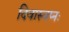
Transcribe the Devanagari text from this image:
दिवास्वप्नः